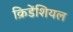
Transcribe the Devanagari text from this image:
क्रिडेंशियल